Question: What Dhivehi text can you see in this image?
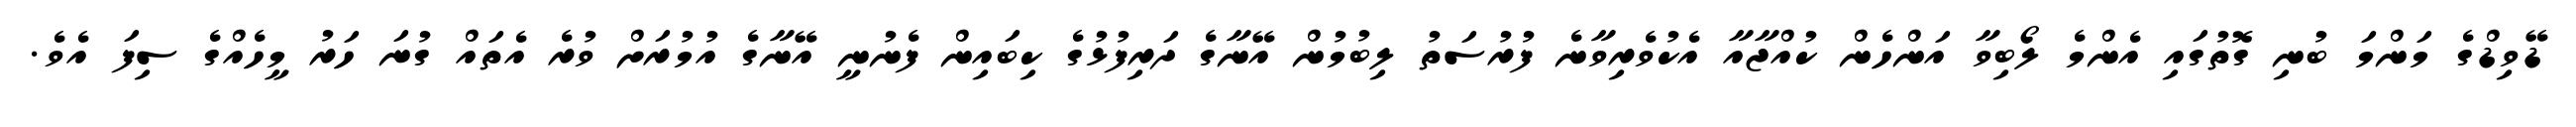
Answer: ޑޭވިޑްގެ މަންމަ ބުނި ގޮތުގައި އެންމެ ލޯބިވާ އަންހެން ކުއްޖާއާ އެކުވެރިވާނެ ފުރުސަތު ލިބުމުން އޭނާގެ ދަރިފުޅުގެ ކިބައިން ފެނުނީ އޭނާގެ އުމުރަށް ވުރެ އެތައް ގުނަ ހަރު މީހެއްގެ ސިފަ އެވެ.